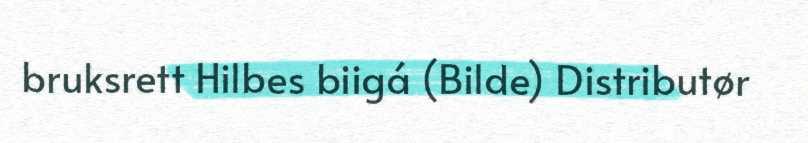
bruksrett Hilbes biigá (Bilde) Distributør